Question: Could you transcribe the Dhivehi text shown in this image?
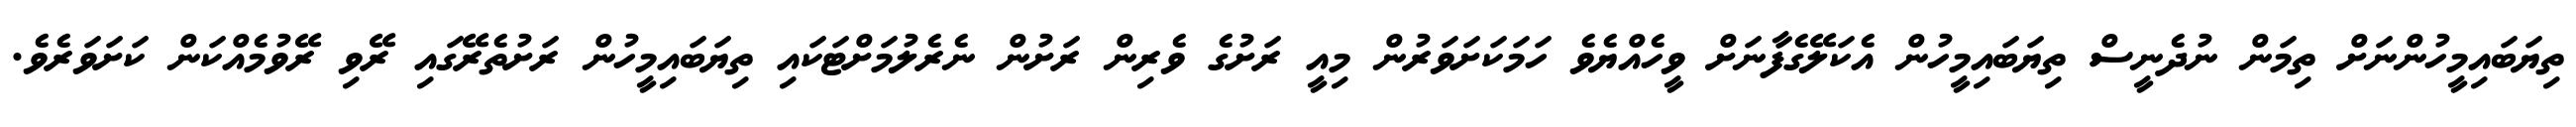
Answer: ތިޔަބައިމީހުންނަށް ތިމަން ނުދެނީސް ތިޔަބައިމީހުން އެކަލޭގެފާނަށް ވީހެއްޔެވެ ހަމަކަށަވަރުން މިއީ ރަށުގެ ވެރިން ރަށުން ނެރެލުމަށްޓަކައި ތިޔަބައިމީހުން ރަށުތެރޭގައި ރޭވި ރޭވުމެއްކަން ކަށަވަރެވެ.